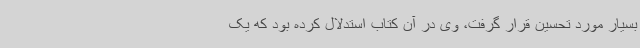
بسیار مورد تحسین قرار گرفت، وی در آن کتاب استدلال کرده بود که یک